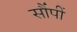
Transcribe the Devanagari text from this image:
सौंपीं